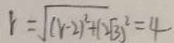
r = \sqrt { ( r - 2 ) ^ { 2 } + ( 2 \sqrt { 3 } ) ^ { 2 } } = 4